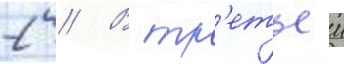
2 // В тр'етьеи